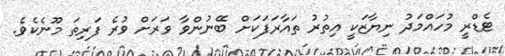
ޓެޑްރީ މުހައްމަދު ނިޔާޒަކީ އިތުރު ތައާރަފަކަށް ބޭނުންވާ ވަރަށް ވުރެ ފަރިތަ މޫނެކެވެ.